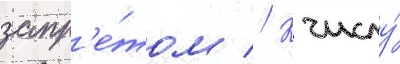
запр'е́том // К числу́